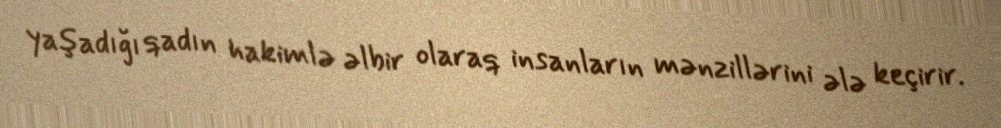
yaşadığı qadın hakimlə əlbir olaraq insanların mənzillərini ələ keçirir.